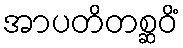
အာပတိတစ္ဆဝိံ